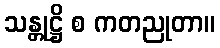
သန္တုဋ္ဌိ စ ကတညုတာ။